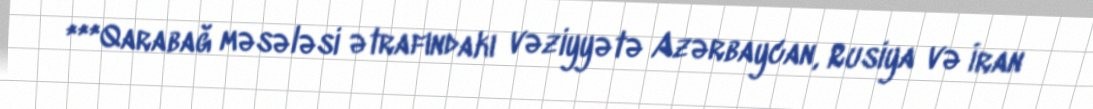
***Qarabağ məsələsi ətrafındakı vəziyyətə Azərbaycan, Rusiya və İran